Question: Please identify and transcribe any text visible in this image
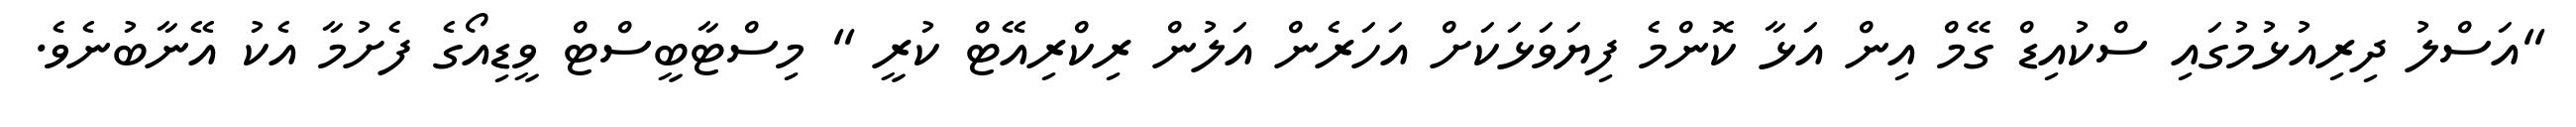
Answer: "އަސްލު ދިރިއުޅުމުގައި ސްކުއިޑް ގޭމް އިން އަޅާ ކޮންމެ ފިޔަވަޅަކަށް އަހަރެން އަލުން ރިކްރިއޭޓް ކުރީ " މިސްޓާބީސްޓް ވީޑިއޯގެ ފެށުމާ އެކު އޭނާބުނެވެ.